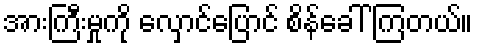
အားကြီးမှုကို လှောင်ပြောင် စိန်ခေါ် ကြတယ်။